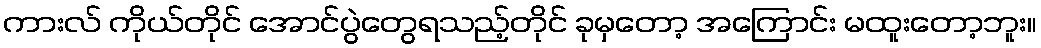
ကားလ် ကိုယ်တိုင် အောင်ပွဲတွေရသည့်တိုင် ခုမှတော့ အကြောင်း မထူးတော့ဘူး။